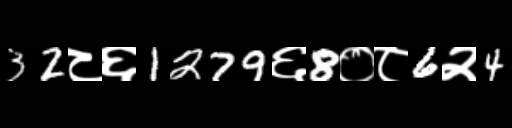
Text: 32८६1279६8०८6२4